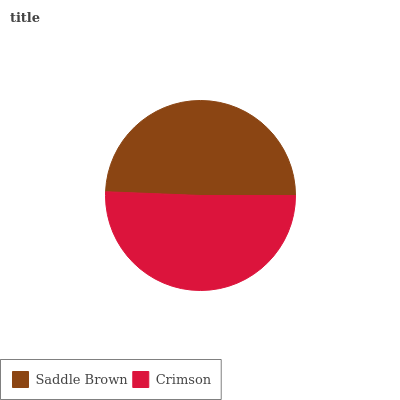
| Saddle Brown | Crimson |
 | --- | --- |
 | 49.4% | 50.6% |